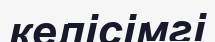
келісімгі